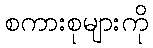
စကားစုများကို